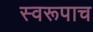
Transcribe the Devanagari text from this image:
स्वरूपाच